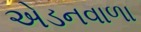
એડનવાળા